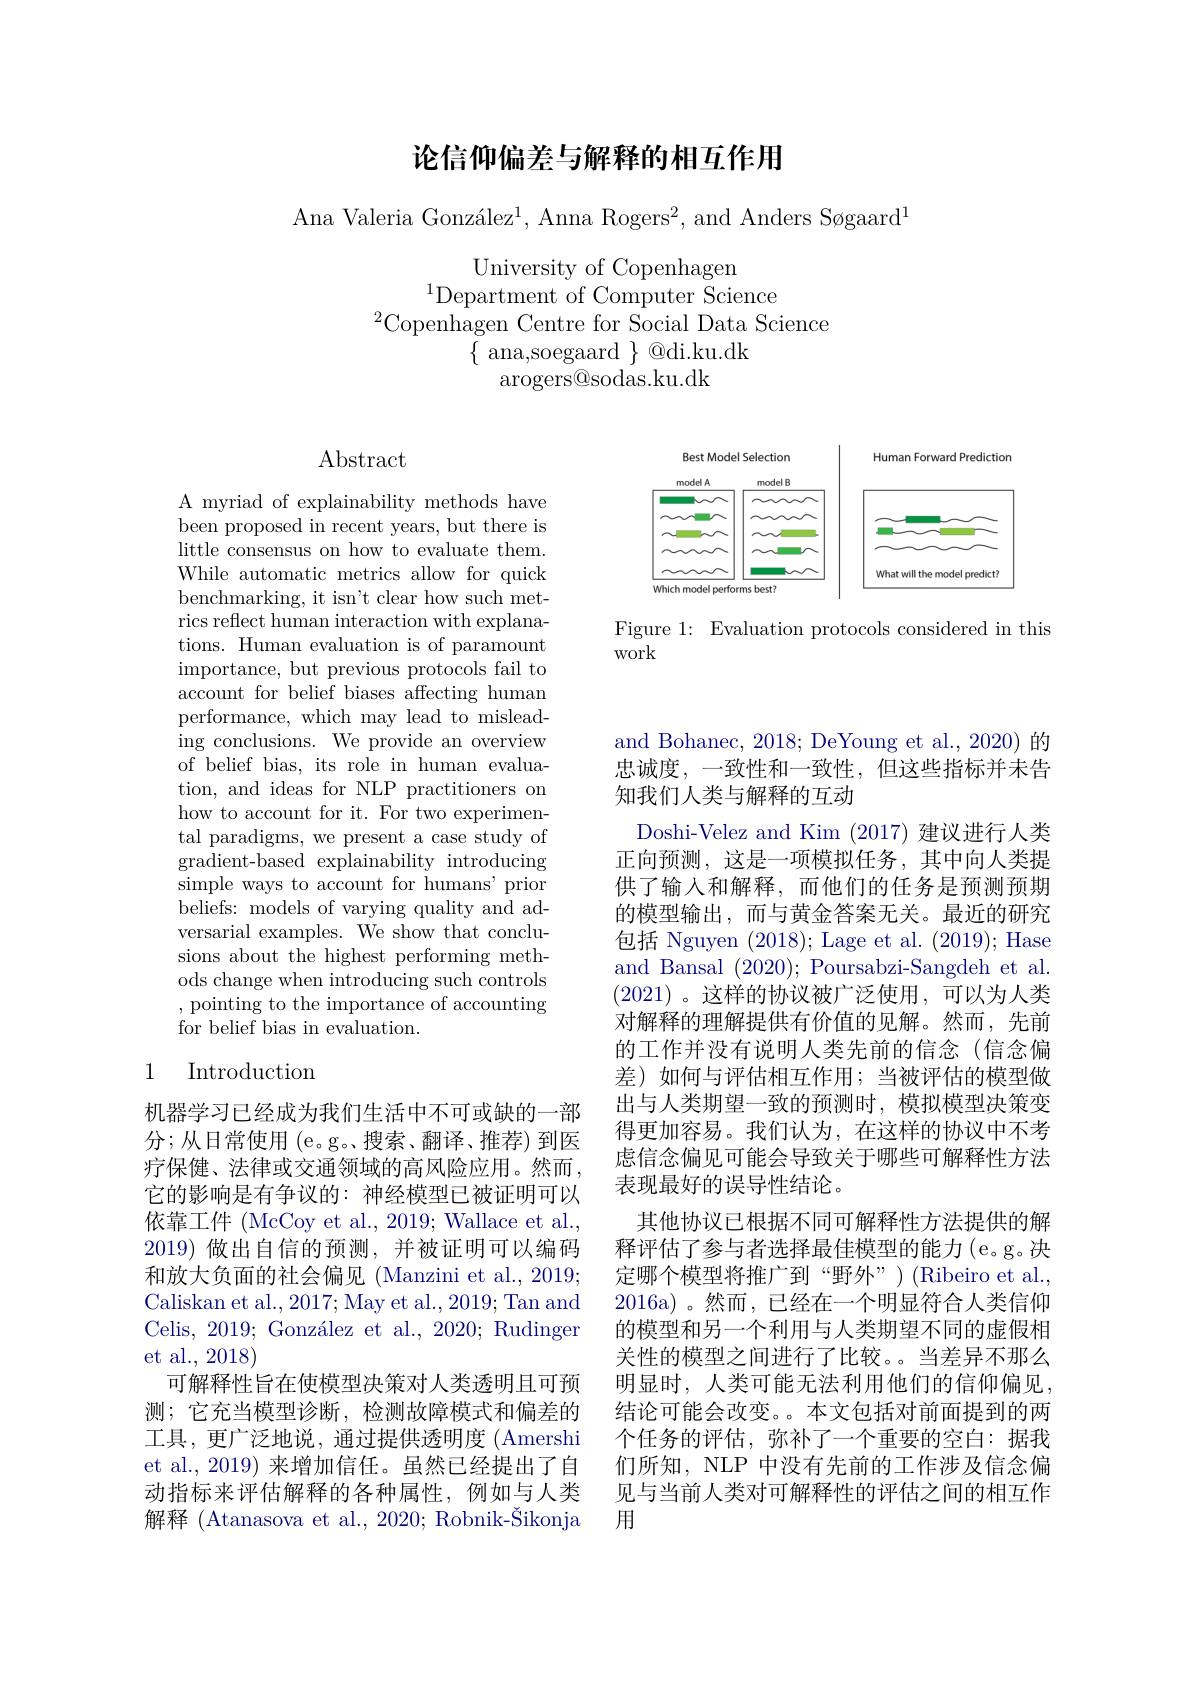
# 论信仰偏差与解释的相互作用

Ana Valeria González$^1$, Anna Rogers$^2$, and Anders Søgaard$^1$

University of Copenhagen
$^{1}$Department of Computer Science
$^{2}$Copenhagen Centre for Social Data Science
$\{$ ana,soegaard $\}\otimes$di.ku.dk
arogers@sodas.ku.dk

Abstract

A myriad of explainability methods have been proposed in recent years, but there is little consensus on how to evaluate them. While automatic metrics allow for quick benchmarking, it isn't clear how such metrics reflect human interaction with explanations. Human evaluation is of paramount importance, but previous protocols fail to account for belief biases affecting human performance, which may lead to misleading conclusions. We provide an overview of belief bias, its role in human evaluation, and ideas for NLP practitioners on how to account for it. For two experimental paradigms, we present a case study of gradient-based explainability introducing simple ways to account for humans' prior beliefs: models of varying quality and adversarial examples. We show that conclusions about the highest performing methods change when introducing such controls ,pointing to the importance of accounting for belief bias in evaluation.

# 1 Introduction

机器学习已经成为我们生活中不可或缺的一部分；从日常使用(e。g。搜索、翻译、推荐)到医疗保健、法律或交通领域的高风险应用。然而， 它的影响是有争议的：神经模型已被证明可以依靠工件 (McCoy et al., 2019; Wallace et al., 2019) 做出自信的预测，并被证明可以编码和放大负面的社会偏见 (Manzini et al., 2019; Caliskan et al., 2017; May et al., 2019; Tan and Celis, 2019; González et al., 2020; Rudinger et al., 2018)
可解释性旨在使模型决策对人类透明且可预测；它充当模型诊断，检测故障模式和偏差的工具，更广泛地说，通过提供透明度 (Amershi et al.,2019) 来增加信任。虽然已经提出了自动指标来评估解释的各种属性，例如与人类解释 (Atanasova et al., 2020; Robnik-Šikonja

<FigureHere>

Figure 1: Evaluation protocols considered in this
work

and Bohanec, 2018; DeYoung et al., 2020) 的忠诚度，一致性和一致性，但这些指标并未告知我们人类与解释的互动
Doshi-Velez and Kim (2017) 建议进行人类正向预测，这是一项模拟任务，其中向人类提供了输入和解释，而他们的任务是预测预期的模型输出，而与黄金答案无关。最近的研究包括 Nguyen (2018); Lage et al. (2019); Hase and Bansal (2020); Poursabzi-Sangdeh et al. (2021)。这样的协议被广泛使用，可以为人类对解释的理解提供有价值的见解。然而，先前的工作并没有说明人类先前的信念(信念偏差)如何与评估相互作用；当被评估的模型做出与人类期望一致的预测时，模拟模型决策变得更加容易。我们认为，在这样的协议中不考虑信念偏见可能会导致关于哪些可解释性方法表现最好的误导性结论。
其他协议已根据不同可解释性方法提供的解释评估了参与者选择最佳模型的能力(e。g。决定哪个模型将推广到“野外”)(Ribeiro et al., 2016a)。然而，已经在一个明显符合人类信仰的模型和另一个利用与人类期望不同的虚假相关性的模型之间进行了比较。当差异不那么明显时，人类可能无法利用他们的信仰偏见， 结论可能会改变。。本文包括对前面提到的两个任务的评估，弥补了一个重要的空白：据我们所知，NLP 中没有先前的工作涉及信念偏见与当前人类对可解释性的评估之间的相互作用